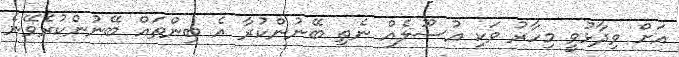
އަށް ވިދާޅުވީ މިހާރު ވަކި އުސޫލެއް ނެތި ބޭނުންކުރާ އެ ބިންތައް ބޭނުންކުރެވޭނެ